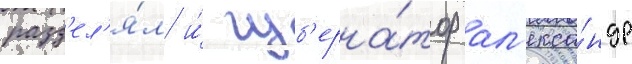
разд'ел'я́л и́ губ'ерна́тор ал'екса́ндр